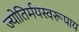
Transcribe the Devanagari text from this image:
ज्योतिर्मयस्वरूपाय